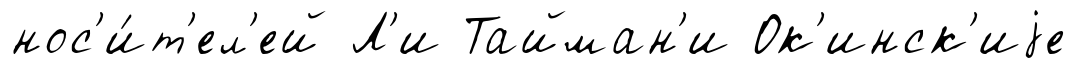
нос'и́т'ел'ей Л'и Тайман'и Ок'инск'иjе